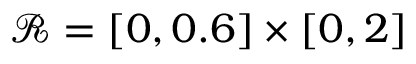
\mathscr { R } = [ 0 , 0 . 6 ] \times [ 0 , 2 ]